Sketch of the medical history of the native army of Bombay, for the year
Year: 1876
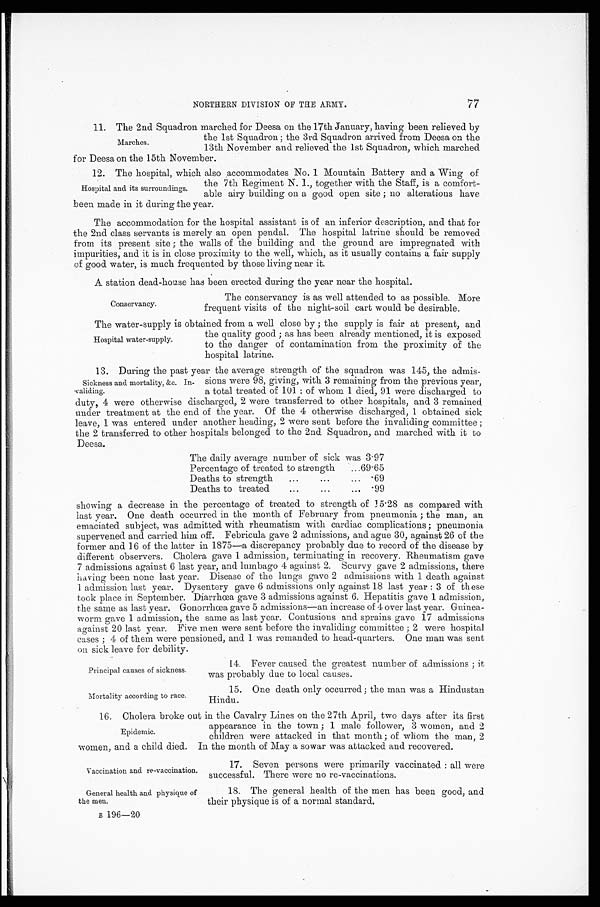
Principal causes of sickness.
Mortality according to race.
Vaccination and re-vaccination.
General health and physique of
the men.
B 196—20
77
NORTHERN DIVISION OF THE ARMY.
11. The 2nd Squadron marched for Deesa on the 17th January, having been relieved by
the 1st Squadron; the 3rd Squadron arrived from Deesa on the
13th November and relieved the 1st Squadron, which marched
for Deesa on the 15th November.
1 2 . T h e h o s p i t a l , w h i c h a l s o a c c o m m o d a t e s N o . 1 M o u n t a i n B a t t e r y a n d a W i n g o f
the 7th Regiment N. I., together with the Staff, is a comfort--
able airy building on a good open site; no alterations have
been made in it during the year.
The accommodation for the hospital assistant is of an inferior description, and that for
the 2nd class servants is merely an open pendal. The hospital latrine should be removed.
from its present site; the walls of the building and the ground are impregnated with
impurities, and it is in close proximity to the well, which, as it usually contains a fair supply
of good water, is much frequented by those living near it.
A station dead-house has been erected during the year near the hospital.
Marches.
Hospital and its surroundings.
Conservancy.
The conservancy is as well attended to as possible. More
frequent visits of the night-soil cart would be desirable.
The water-supply is obtained from a well close by; the supply is fair at present, and
the quality good; as has been already mentioned, it is exposed
to the danger of contamination from the proximity of the
hospital latrine.
13. During the past year the average strength of the squadron was 145, the admis-
sions were 98, giving, with 3 remaining from the previous year,
a total treated of 101: of whom 1 died, 91 were discharged to
duty, 4 were otherwise discharged, 2 were transferred to other hospitals, and 3 remained
under treatment at the end of the year. Of the 4 otherwise discharged, 1 obtained sick
leave, 1 was entered under another heading, 2 were sent before the invaliding committee;
the 2 transferred to other hospitals belonged to the 2nd. Squadron, and marched with it to
Deesa.
Thedaily average number of sick was 3.97
Percentage of treated to strength . . .
6 9 . 6 5
Deaths to strength . . .
.69
Deaths to treated . . .
.99
showing a decrease in the percentage of treated to strength ot 15.28 as compared with
last year. One death occurred in the month of February from pneumonia; the man, an
emaciated subject, was admitted with rheumatism with cardiac complications; pneumonia
supervened and carri ed hi m off. Febri cul a gave 2 admi ssi ons, and ague 30, agai nst 26 of t he
former and 16 of the latter in 1875—a discrepancy probably due to record of the disease by
different observers. Cholera gave 1 admission, terminating in recovery. Rheumatism gave
7 admissions against 6 last year, and lumbago 4 against 2. Scurvy gave 2 admissions, there
having been none last year. Disease of the lungs gave 2 admissions with 1 death against
1 admission last year. Dysentery gave 6 admissions only against 18 last year: 3 of these
took place in September. Diarrhœa gave 3 admissions against 6. Hepatitis gave 1 admission,
the sane as last year. Gonorrhœa gave 5 admissions—an increase of 4 over last year. Guinea-
worm gave 1 admission, the same as last year. Contusions and sprains gave 17 admissions
against 20 last year. Five men were sent before the invaliding committee; 2 were hospital
cases; 4 of them were pensioned, and 1 was remanded to head-quarters. One man was sent
on sick leave for debility.
Hospital water-supply.
Sickness and mortality, &c. Invaliding.
14. Fever caused the greatest number of admissions; it
was probably due to local causes.
15. One death only occurred; the man was a Hindustan
Hindu.
16. Cholera broke out in the Cavalry Lines on the 27th April, two days after its first
appearance in the town; 1 male follower, 3 women, and 2
children were attacked in that month; of whom the man, 2
women, and a child died. In the month of May a sowar was attacked and recovered.
Epidemic.
17. Seven persons were primarily vaccinated: all were
successful. There were no re-vaccinations.
18. The general health of the men has been good, and
their physique is of a normal standard.